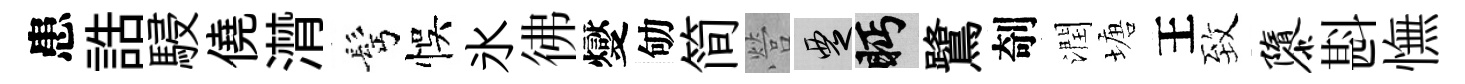
患誥駸僥潸髩悞氷彿燮劬简營覂眄鷺剞潤塘王致隳斟憮